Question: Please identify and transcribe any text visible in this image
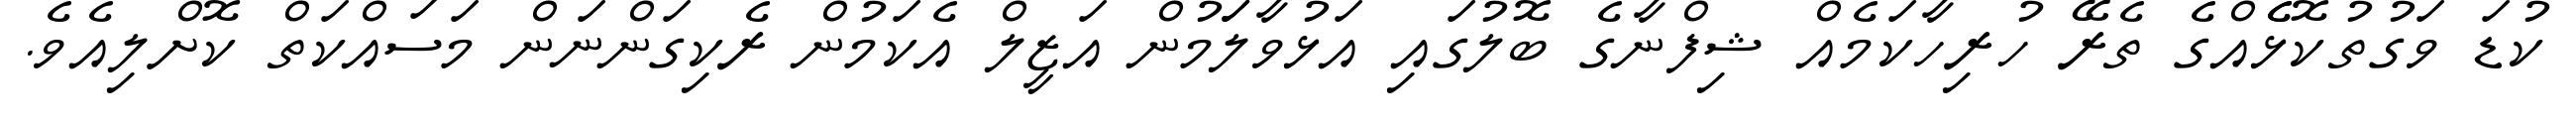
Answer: ކުޑަ ވަގުތުކޮޅެެއްގެ ތެރޭ ހުރިހާކަމެއް ޝިފްނާގެ ބޮލުގައި އަޅުވާލަަމުން އަޒީލް އެކަމުން ރެކިގަންނަން މަސައްކަތް ކޮށްލިއެވެ.